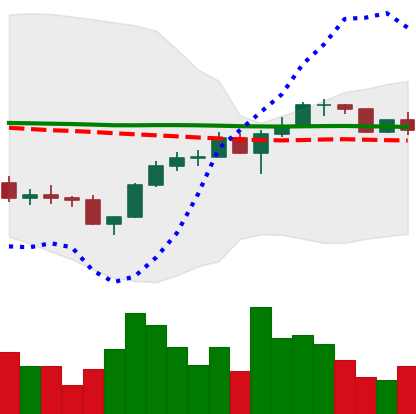
Ticker: LINK-USD
Chart end date: 2022-12-05
Forward return: -5.814%
Label: down_5_7